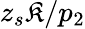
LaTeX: {z_{s}\mathfrak{K}}/{p_{2}}